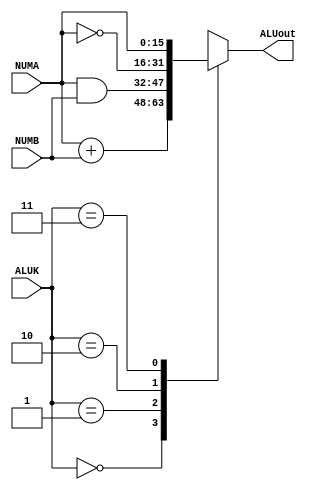
`timescale 1ns / 1ps
//////////////////////////////////////////////////////////////////////////////////
// Company: 
// Engineer: 
// 
// Design Name: 
// Module Name:    LC3_ALU 
// Project Name: 
// Target Devices: 
// Tool versions: 
// Description: 
//
// Dependencies: 
//
// Revision: 
// Revision 0.01 - File Created
// Additional Comments: 
//
//////////////////////////////////////////////////////////////////////////////////
module LC3_ALU(
		input				[15:0]	NUMA,
		input				[15:0]	NUMB,
		input				[1:0]	ALUK,
		output	reg	[15:0]	ALUout
    );
		always@(NUMA or NUMB or ALUK) begin
			case (ALUK)
				2'b00:	ALUout<=NUMA+NUMB;
				2'b01:	ALUout<=NUMA&NUMB;
				2'b10:	ALUout<=~NUMA;
				2'b11:	ALUout<=NUMA;
			endcase
		end
			


endmodule